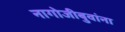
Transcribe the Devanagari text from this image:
नागोजीबुवांना